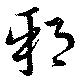
邪